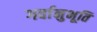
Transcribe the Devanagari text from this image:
गर्वानुभूति